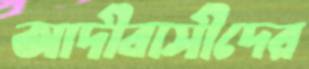
আদীবাসীদের